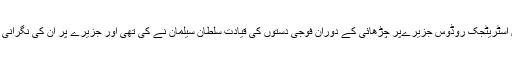
مشرقی بحیرہ روم میں اسٹریٹجک روڈوس جزیرےپر چڑھائی کے دوران فوجی دستوں کی قیادت سلطان سیلمان نے کی تھی اور جزیرے پر ان کی نگرانی میں قبضہ کیا گیا تھا ۔